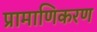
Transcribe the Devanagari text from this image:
प्रामाणिकरण